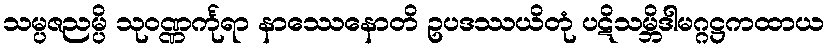
သမ္ပဇညမ္ပိ သုဝဏ္ဏင်္ကုရာ နာဿေနောတိ ဥပဒဿယိတုံ ပဋိသမ္ဘိဒါမဂ္ဂဋ္ဌကထာယ